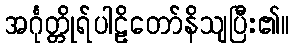
အင်္ဂုတ္တိုရ်ပါဠိတော်နိသျပြီး၏။